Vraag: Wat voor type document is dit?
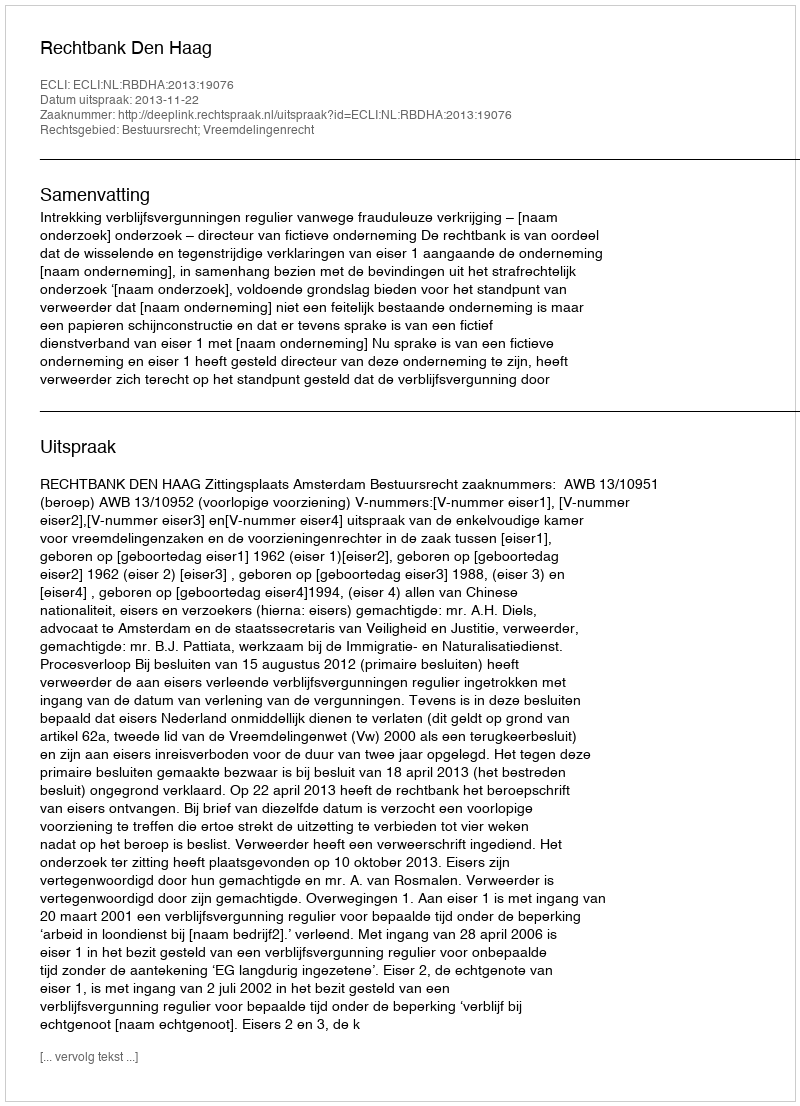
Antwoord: Uitspraak